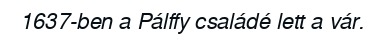
1637-ben a Pálffy családé lett a vár.